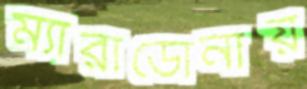
ম্যারাডোনায়